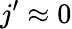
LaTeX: j^{\prime}\approx 0